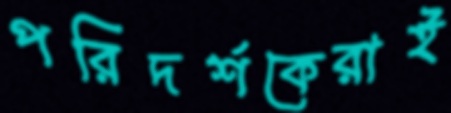
পরিদর্শকেরাই